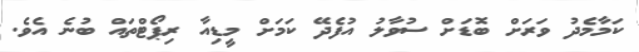
ކަމާމެދު ވަރަށް ބޮޑަށް ސުވާލު އުފެދޭ ކަމަށް މީޑިއާ ރިޕޯޓްތައް ބުނެ އެވެ.